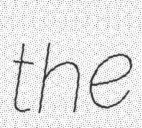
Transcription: the